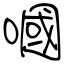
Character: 嘓